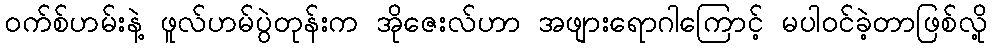
၀က်စ်ဟမ်းနဲ့ ဖူလ်ဟမ်ပွဲတုန်းက အိုဇေးလ်ဟာ အဖျားရောဂါကြောင့် မပါဝင်ခဲ့တာဖြစ်လို့